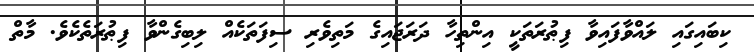
ކިބައިގައި ލައްވާފައިވާ ފިޠުރަތަކީ އިންތިހާ ދަރަޖައިގެ މަތިވެރި ސިފަތަކެއް ލިބިގެންވާ ފިޠުރަތެކެވެ. މާތް